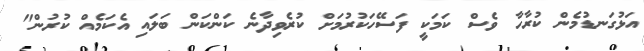
އަޅުގަނޑުމެން ކުރާހާ ވެސް ކަމަކީ ފަސޭހަކުރުމަށް ކުރެވިދާނެ ކަންކަން ބަލައި އެކަމެއް ކުރުން"